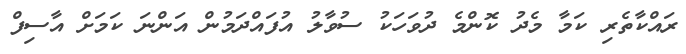
ރައްކާތެރި ކަމާ މެދު ކޮންމެ ދުވަހަކު ސުވާލު އުފައްދަމުން އަންނަ ކަމަށް އާސިފް